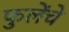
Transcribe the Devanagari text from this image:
फुलेंचे